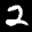
Digit: 2